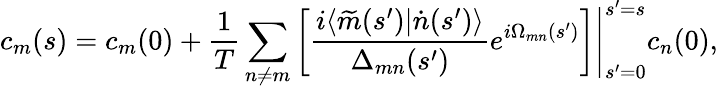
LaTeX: c_{m}(s)=c_{m}(0)+\frac{1}{T}\sum_{n\neq m}\left.\left[\frac{i\langle\widetilde{m}(s^{\prime})|\dot{n}(s^{\prime})\rangle}{\Delta_{mn}(s^{\prime})}e^{i\Omega_{mn}(s^{\prime})}\right]\right|_{s^{\prime}=0}^{s^{\prime}=s}c_{n}(0),